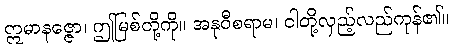
ဣမာနဇ္ဇော၊ ဤမြစ်တို့ကို။ အနုဝီစရာမ၊ ငါတို့လှည့်လည်ကုန်၏။